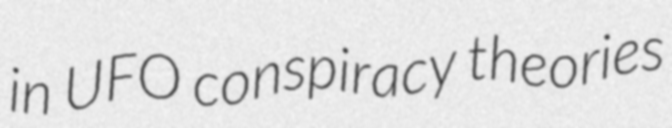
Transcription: in UFO conspiracy theories